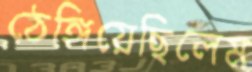
ঠেঙ্গিয়েছিলেম